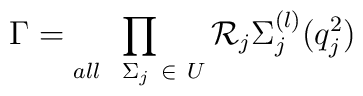
\Gamma =\prod_{all\ \ \Sigma _{j}\ \in \ U}\mathcal{R}_{j}\Sigma_{j}^{(l)}(q_{j}^{2})